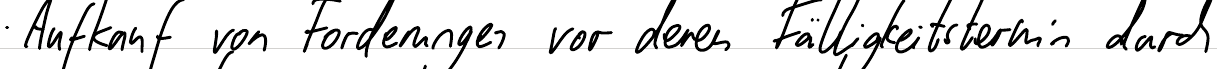
Aufkauf von Forderungen vor deren Fälligkeitstermin durch